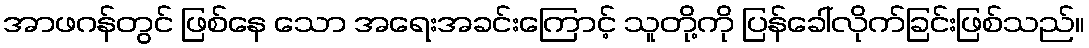
အာဖဂန်တွင် ဖြစ်နေ သော အရေးအခင်းကြောင့် သူတို့ကို ပြန်ခေါ်လိုက်ခြင်းဖြစ်သည်။